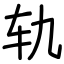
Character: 轨